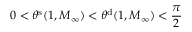
0 < \theta ^ { \mathrm { s } } ( 1 , M _ { \infty } ) < \theta ^ { \mathrm { d } } ( 1 , M _ { \infty } ) < \frac \pi 2